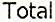
TOTAL